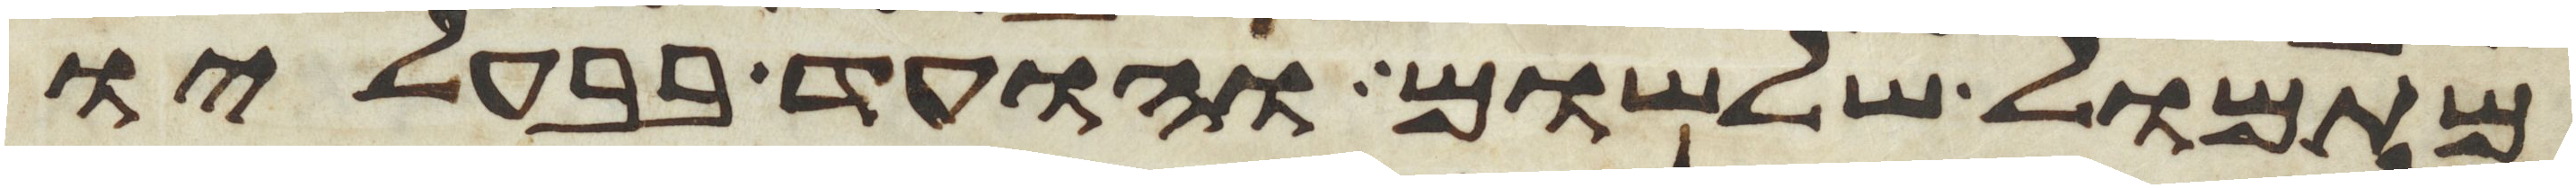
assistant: מתמול שלשום והועד בבעליו